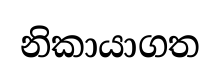
නිකායාගත